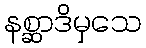
နစ္ဆာဒိမှသေ